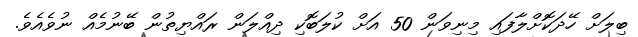
ބިލަށް ހޭދަކޮށްލާފައި މިނިވަން 50 އަށް ކުލަބޮކި ދިއްލަން ރައްޔިތުން ބޭނުމެއް ނުވެއެވެ.